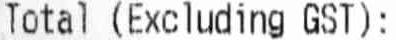
TOTAL (EXCLUDING GST):